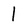
Character: 1